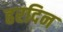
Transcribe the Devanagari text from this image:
हरदिन